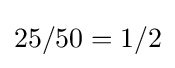
25/50=1/2